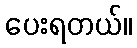
ပေးရတယ်။